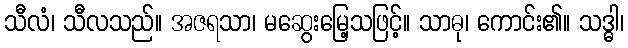
သီလံ၊ သီလသည်။ အဇရသာ၊ မဆွေးမြေ့သဖြင့်။ သာဓု၊ ကောင်း၏။ သဒ္ဓါ၊